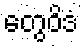
တွေဝိဒံ